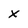
Character: x